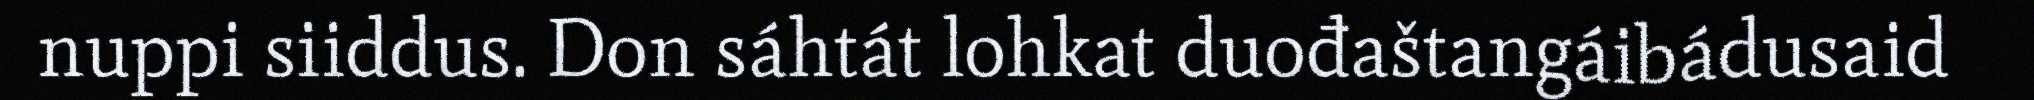
nuppi siiddus. Don sáhtát lohkat duođaštangáibádusaid